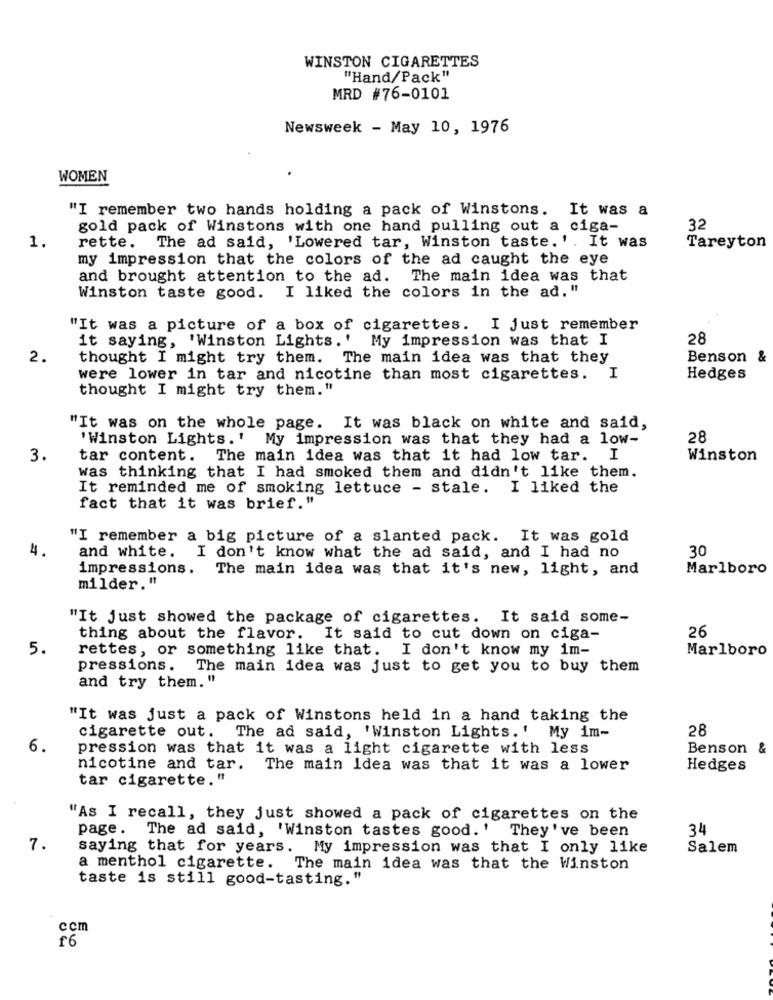
WINSTON CIGARETTES
"Hand/Pack"
MRD #76-0101
Newsweek - May 10, 1976
WOMEN
"I remember two hands holding a pack of Winstons. It was a
gold pack of Winstons with one hand pulling out a ciga-
32
rette. The ad said, 'Lowered tar, Winston taste. '. It was
1.
Tareyton
my impression that the colors of the ad caught the eye
and brought attention to the ad. The main idea was that
Winston taste good. I liked the colors in the ad, "
"It was a picture of a box of cigarettes. I just remember
it saying, 'Winston Lights.' My impression was that I
28
2.
thought I might try them. The main idea was that they
Benson
were lower in tar and nicotine than most cigarettes. I
Hedges
thought I might try them. "
"It was on the whole page. It was black on white and said,
'Winston Lights.' My impression was that they had a low-
28
3.
tar content. The main idea was that it had low tar. I
Winston
was thinking that I had smoked them and didn't like them.
It reminded me of smoking lettuce - stale. I liked the
fact that it was brief."
"I remember a big picture of a slanted pack. It was gold
4.
30
and white. I don't know what the ad said, and I had no
impressions. The main idea was that it's new, light, and
Marlboro
milder."
"It just showed the package of cigarettes. It said some-
thing about the flavor. It said to cut down on ciga-
26
5 .
rettes, or something like that. I don't know my im-
Marlboro
pressions.
The main idea was just to get you to buy them
and try them. "
"It was just a pack of Winstons held in a hand taking the
28
cigarette out. The ad said, 'Winston Lights.' My im-
6.
pression was that it was a light cigarette with less
Benson &
nicotine and tar. The main Idea was that it was a lower
Hedges
tar cigarette."
"As I recall, they just showed a pack of cigarettes on the
page. The ad said, 'Winston tastes good. ' They've been
34
7.
saying that for years. My impression was that I only like
Salem
a menthol cigarette. The main idea was that the Winston
taste is still good-tasting."
ccm
f6